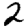
Digit: 2